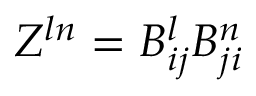
Z ^ { l n } = B _ { i j } ^ { l } B _ { j i } ^ { n }